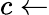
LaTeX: c\gets